Calcutta medical institutions reports 1871-78
Year: 1871
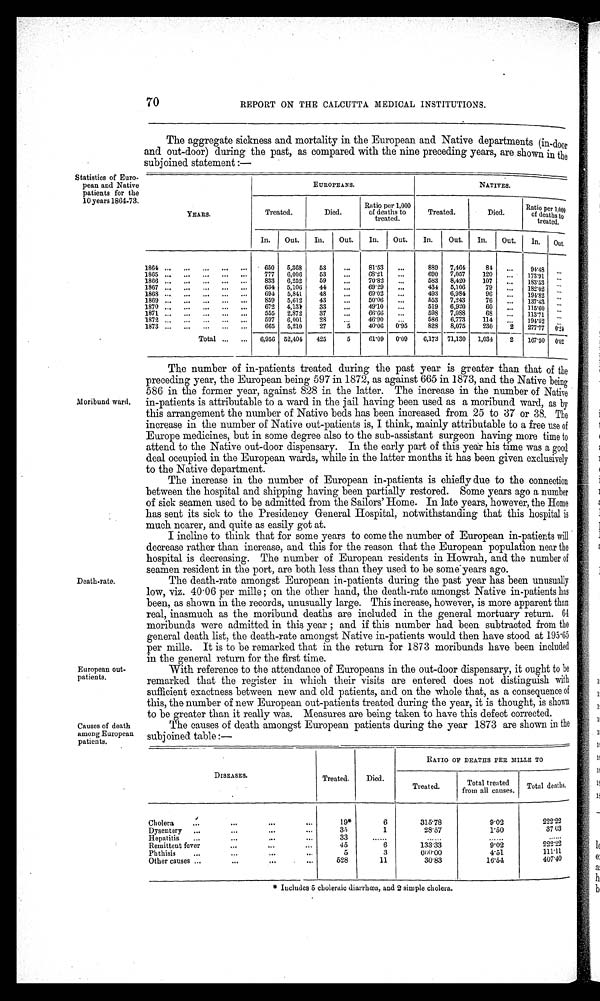
70 REPORT ON THE CALCUTTA MEDICAL INSTITUTIONS.
The aggregate sickness and mortality in the European and Native departments (in-door
and out-door) during the past, as compared with the nine preceding years, are shown in the
subjoined statement:—
Statistics of Euro
pean and Native
patients for the
10 years 1864-73.
EUROPEANS.
NATIVES.
Y E A R S .
Treated.
Died.
Ratio per 1,000
of deaths to
treated.
Treated.
Died.
Ratio per 1,000
of deaths to
treated.
In.
Out.
In.
Out.
In.
Out.
In.
Out.
In.
Out.
In.
Out.
1864
650
5,368
53
...
81·53
...
889
7,464
84
...
94·48
. . .
1865
777
6,006
53
...
68·21
...
690
7,057
120
. . .
173·91 ...
1866
833
6,252
59
. . .
70·82
. . .
583
8,420
107
. . .
183·53
. . .
1867
634
5,106
44
...
69·29
...
434
5,106
79
...
182·02
. . .
1868
694
5,841
48
...
69·02
...
493
6,984
96
. . .
194·82
. . .
1869
859
5,612
43
...
5 0 · 0 6
...
553
7,243
76
...
137·43
. . .
1870
672
4,131
33
...
49·10
...
519
6,920
60
...
115·60
. . .
1871
555
2,872
37
...
66·66
...
598
7,088
68
...
113·71
. . .
1872
597
6,001
28
...
46·90
...
586
6,773
114
. . .
194·52
. . .
1873
665
5,210
27
5
40·06
0·95
828
8,075
230
2
277·77
0 · 2 4
Total
6,956 52,404
425
5
61·09
0·09
6,173 71,130
1,034
2
167·50 0·02
Moribund ward.
The number of in-patients treated during the past year is greater than that of the
preceding year, the European being 597 in 1872, as against 665 in 1873, and the Native being
586 in the former year, against 828 in the latter. The increase in the number of Native
in-patients is attributable to a ward in the jail having been used as a moribund ward, as by
this arrangement the number of Native beds has been increased from 25 to 37 or 38. The
increase in the number of Native out-patients is, I think, mainly attributable to a free use of
Europe medicines, but in some degree also to the sub-assistant surgeon having more time to
attend to the Native out-door dispensary. In the early part of this year his time was a good
deal occupied in the European wards, while in the latter months it has been given exclusively
to the Native department.
The increase in the number of European in-patients is chiefly due to the connection
between the hospital and shipping having been partially restored. Some years ago a number
of sick seamen used to be admitted from the Sailors' Home. In late years, however, the Home
has sent its sick to the Presidency General Hospital, notwithstanding that this hospital is
much nearer, and quite as easily got at.
I incline to think that for some years to come the number of European in-patients will
decrease rather than increase, and this for the reason that the European population near the
hospital is decreasing. The number of European residents in Howrah, and the number of
seamen resident in the port, are both less than they used to be some years ago.
Death-rate.
The death-rate amongst European in-patients during the past year has been unusually
low, viz. 40·06 per mille ; on the other hand, the death-rate amongst Native in-patients has
been, as shown in the records, unusually large. This increase, however, is more apparent than
real, inasmuch as the moribund deaths are included in the general mortuary return. 64
moribunds were admitted in this year ; and if this number had been subtracted from the
general death list, the death-rate amongst Native in-patients would then have stood at
1 9 5 · 6 5
per mile. It is to be remarked that in the return for 1873 moribunds have been included
in the general return for the first time.
European out-
patients.
With reference to the attendance of Europeans in the out-door dispensary, it ought to
be
remarked that the register in which their visits are entered does not distinguish with
sufficient exactness between new and old patients, and on the whole that, as a consequence of
this, the number of new European out-patients treated during the year it is thought, is shown
to be greater than it rea
lly was. Measures are being taken to have this defect corrected.
Causes of death
amon g European
patients.
The causes of death amongst European patients during the year 1873 are shown in
the
subjoined table :—
* Includes 5 choleraic diarrhœa, and 2 simple cholera.
DISEASES.
Treated.
Died.
RATIO OF DEATHS PER MILLE TO
T r e a t e d
Total
t r e a t e d f r o m a l l c a u s e s .
Total deaths.
Chlera
19*
6
315·78
9·02
222·22
Dysentery.
3 5
1
28·57
1·50
37·03
He p a t itis
3 3
. . . . . .
. . . . . .
. . . . . .
Remittent fever
45
6
133·3
222·22
Ph thisis
5
3
6 0 · 0 0
4·51
111·11
Other causes
528
11
30·83
16·54
407·40